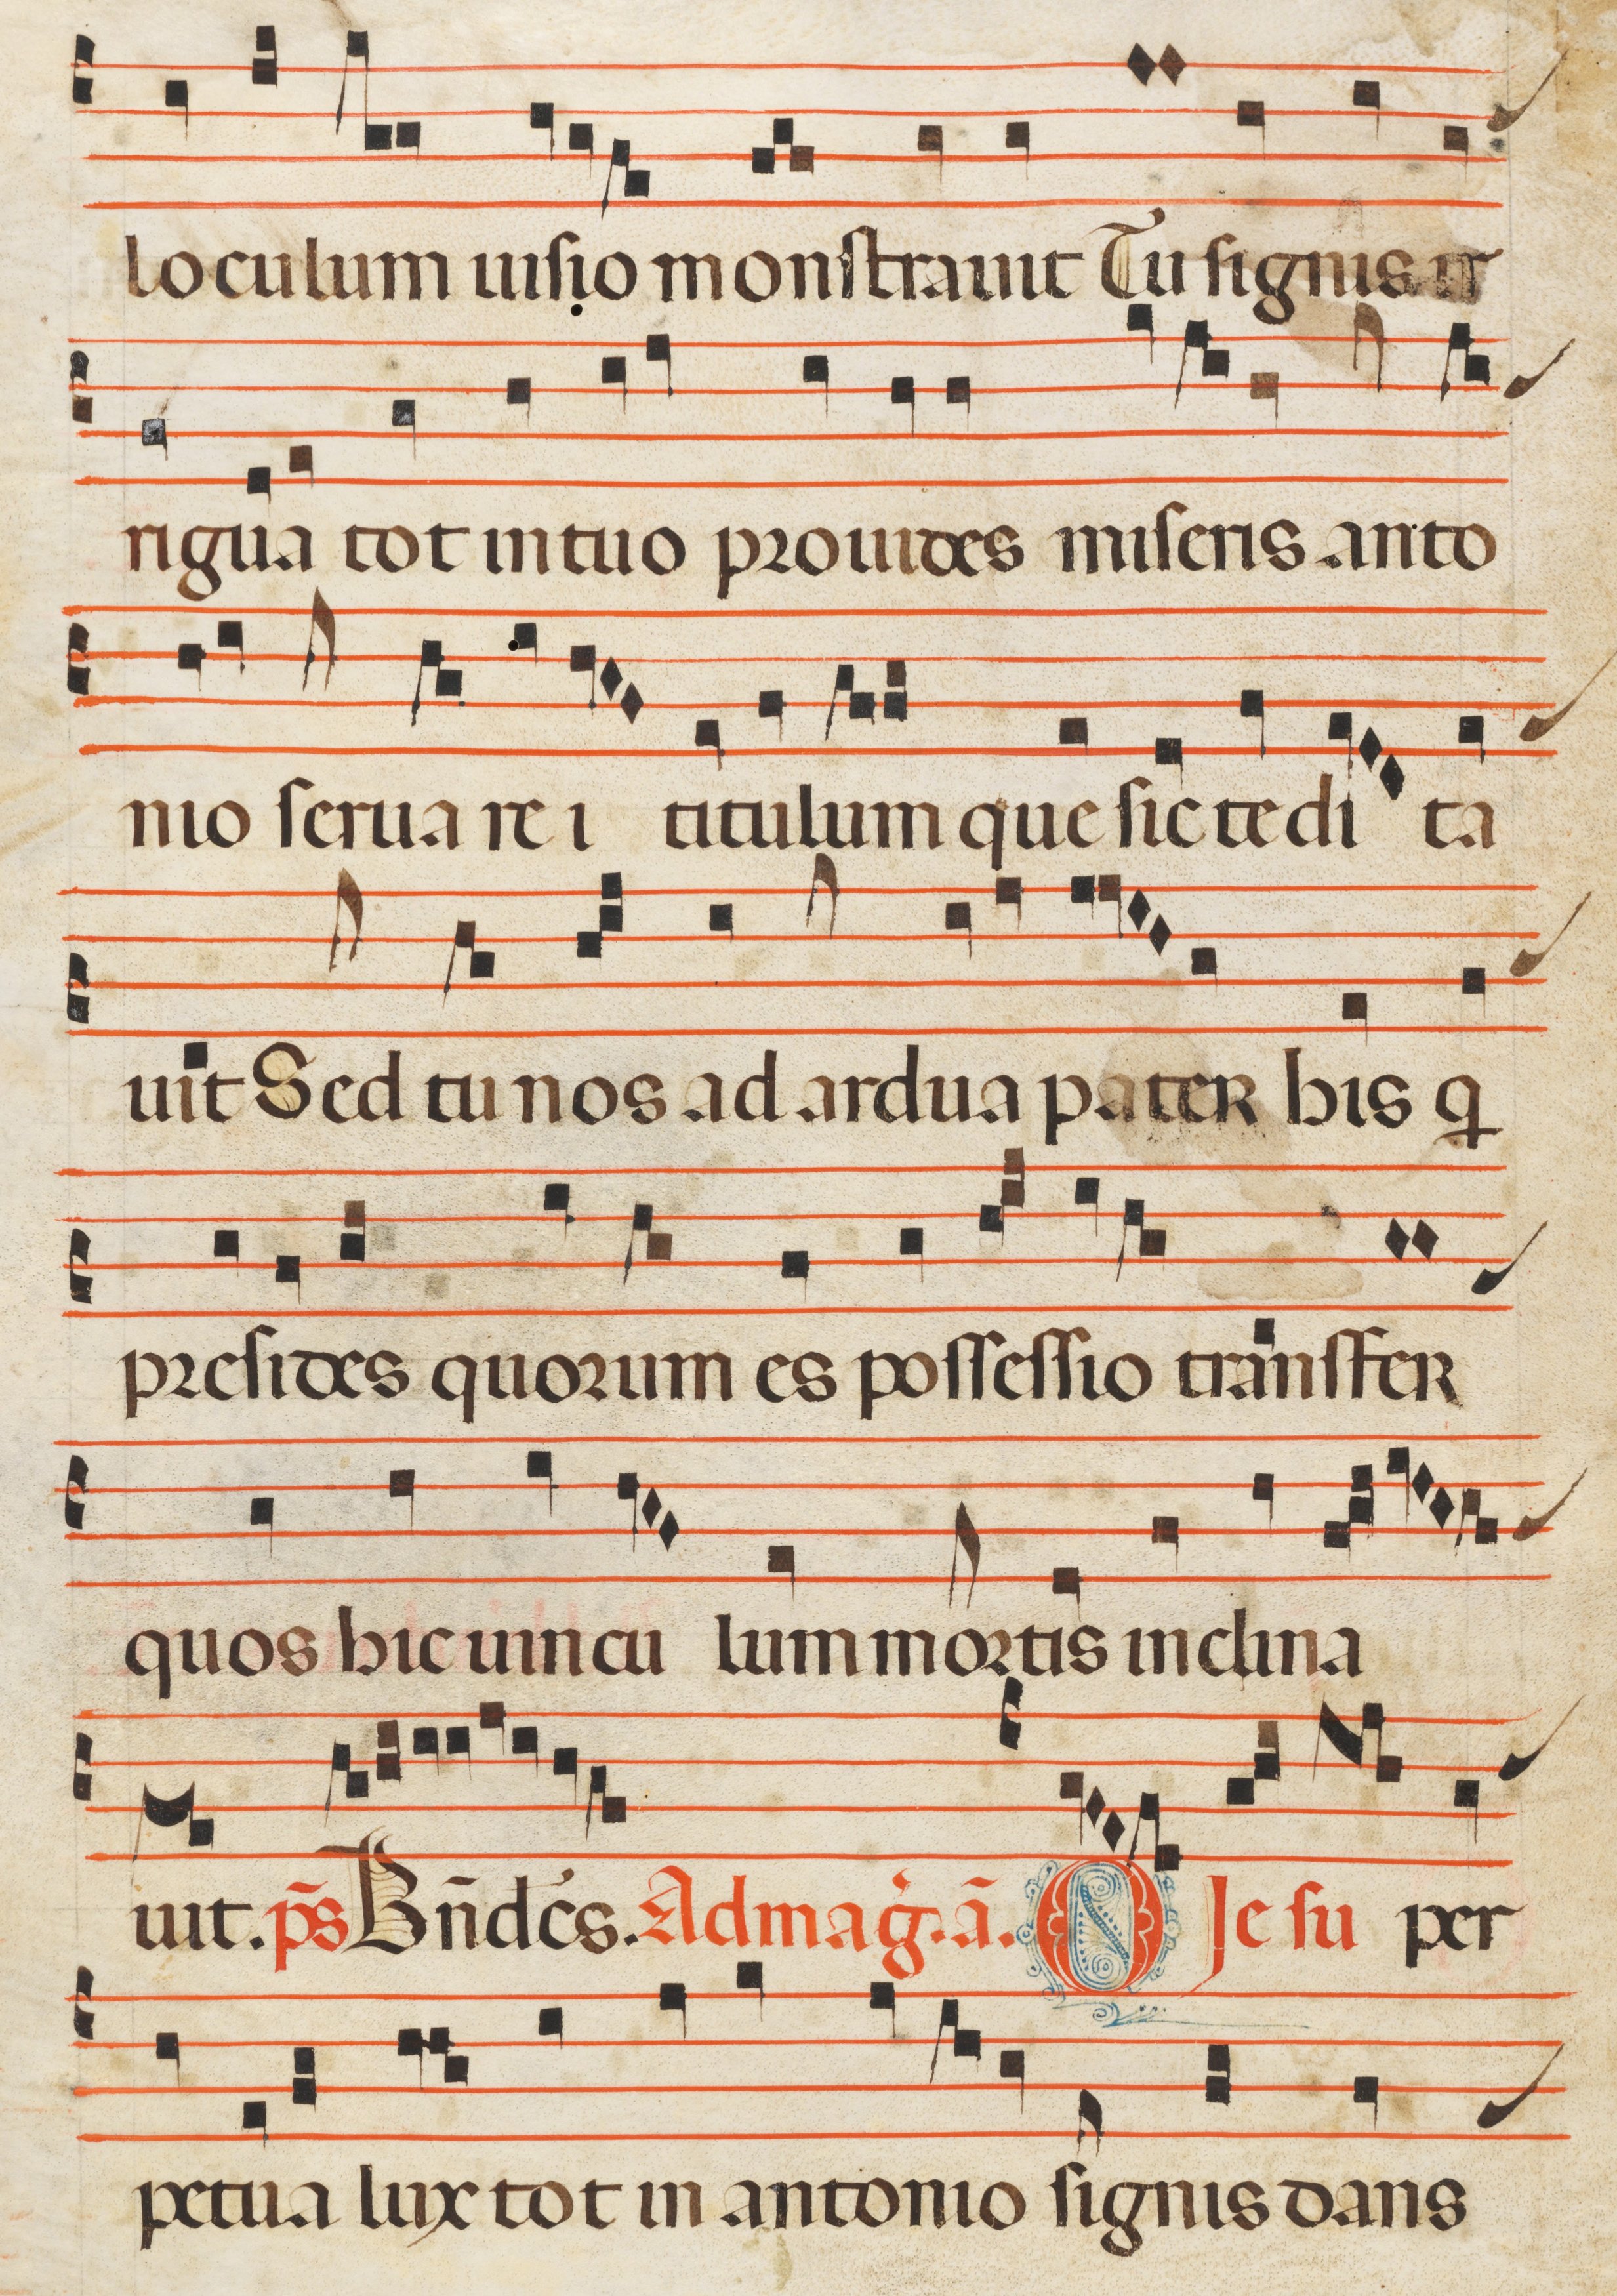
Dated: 1300–1330